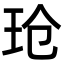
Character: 玱